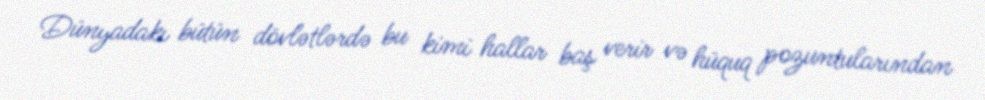
Dünyadakı bütün dövlətlərdə bu kimi hallar baş verir və hüquq pozuntularından